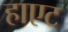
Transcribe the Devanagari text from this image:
हाएट